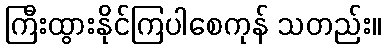
ကြီးထွားနိုင်ကြပါစေကုန် သတည်း။